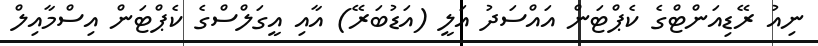
ނިއު ރޭޑިއަންޓްގެ ކެޕްޓަން އައްސަދު އަލީ (އަޑުބަރޭ) އާއި އީގަލްްސްގެ ކެޕްޓަން އިސްމާއިލް